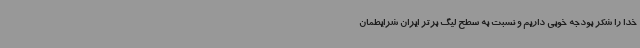
خدا را شکر بودجه خوبی داریم و نسبت به سطح لیگ برتر ایران شرایطمان